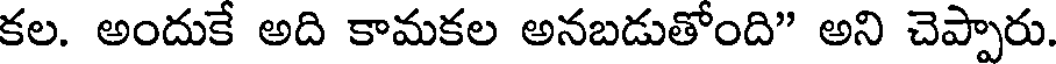
కల. అందుకే అది కామకల అనబడుతోంది" అని చెప్పారు.